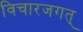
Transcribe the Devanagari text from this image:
विचारजगत्‌